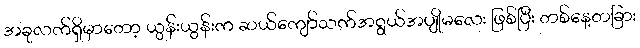
အခုလက်ရှိမှာတော့ ယွန်းယွန်းက ဆယ်ကျော်သက်အရွယ်အပျိုမလေး ဖြစ်ပြီး တစ်နေ့တခြား